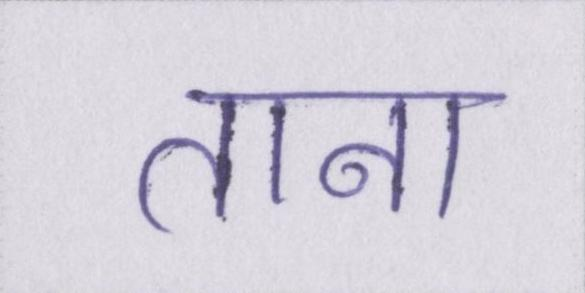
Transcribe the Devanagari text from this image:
ताना